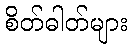
စိတ်ဓါတ်များ